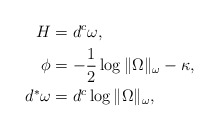
\begin{align*} H &= d^c\omega,\\ \phi & = -\frac{1}{2}\log \|\Omega\|_\omega - \kappa,\\ d^*\omega & = d^c \log \|\Omega\|_\omega, \end{align*}